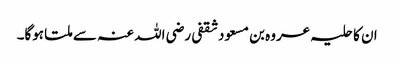
ان کا حلیہ عروہ بن مسعود ثقفی رضی اللہ عنہ سے ملتا ہوگا۔